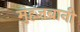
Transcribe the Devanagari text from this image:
मुंहज़बानी